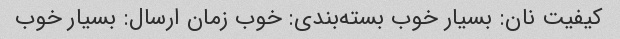
کیفیت نان: بسیار خوب بسته‌بندی: خوب زمان ارسال: بسیار خوب